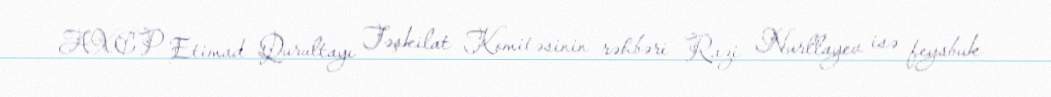
AXCP Etimad Qurultayı Təşkilat Komitəsinin rəhbəri Razi Nurllayev isə feysbuk